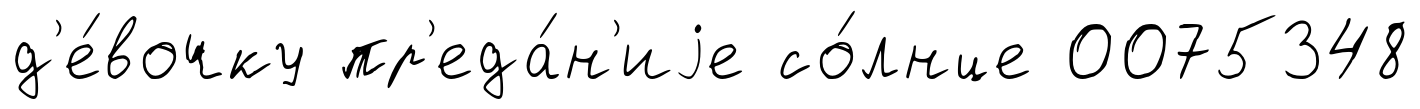
д'е́вочку пр'еда́н'иjе со́лнце 0075348